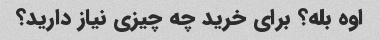
اوه بله؟ برای خرید چه چیزی نیاز دارید؟